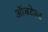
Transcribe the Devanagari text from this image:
ऑबटेक्ट